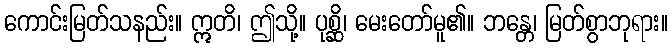
ကောင်းမြတ်သနည်း။ ဣတိ၊ ဤသို့။ ပုစ္ဆိ၊ မေးတော်မူ၏။ ဘန္တေ၊ မြတ်စွာဘုရား။